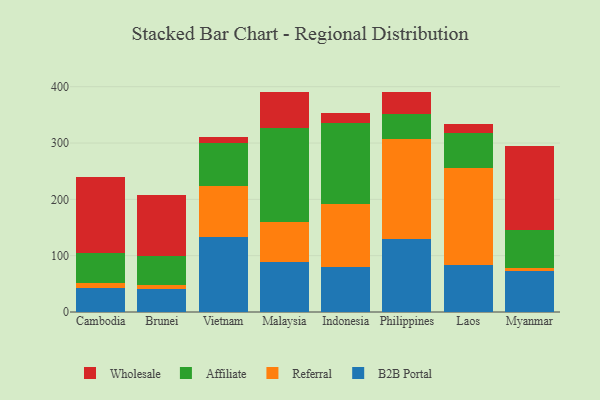
{"axis": {"x": "Country", "y": "LTV (USD)"}, "legend": ["Affiliate", "B2B Portal", "Referral", "Wholesale"], "data": [{"x": "Cambodia", "y": 43.0, "type": "B2B Portal"}, {"x": "Cambodia", "y": 9.2, "type": "Referral"}, {"x": "Cambodia", "y": 52.3, "type": "Affiliate"}, {"x": "Cambodia", "y": 134.6, "type": "Wholesale"}, {"x": "Brunei", "y": 41.0, "type": "B2B Portal"}, {"x": "Brunei", "y": 6.4, "type": "Referral"}, {"x": "Brunei", "y": 51.7, "type": "Affiliate"}, {"x": "Brunei", "y": 108.8, "type": "Wholesale"}, {"x": "Vietnam", "y": 132.6, "type": "B2B Portal"}, {"x": "Vietnam", "y": 91.8, "type": "Referral"}, {"x": "Vietnam", "y": 75.3, "type": "Affiliate"}, {"x": "Vietnam", "y": 10.6, "type": "Wholesale"}, {"x": "Malaysia", "y": 89.4, "type": "B2B Portal"}, {"x": "Malaysia", "y": 69.6, "type": "Referral"}, {"x": "Malaysia", "y": 167.2, "type": "Affiliate"}, {"x": "Malaysia", "y": 63.8, "type": "Wholesale"}, {"x": "Indonesia", "y": 79.6, "type": "B2B Portal"}, {"x": "Indonesia", "y": 112.2, "type": "Referral"}, {"x": "Indonesia", "y": 144.2, "type": "Affiliate"}, {"x": "Indonesia", "y": 17.1, "type": "Wholesale"}, {"x": "Philippines", "y": 129.2, "type": "B2B Portal"}, {"x": "Philippines", "y": 178.2, "type": "Referral"}, {"x": "Philippines", "y": 45.0, "type": "Affiliate"}, {"x": "Philippines", "y": 38.9, "type": "Wholesale"}, {"x": "Laos", "y": 84.0, "type": "B2B Portal"}, {"x": "Laos", "y": 172.4, "type": "Referral"}, {"x": "Laos", "y": 61.7, "type": "Affiliate"}, {"x": "Laos", "y": 15.6, "type": "Wholesale"}, {"x": "Myanmar", "y": 72.1, "type": "B2B Portal"}, {"x": "Myanmar", "y": 5.9, "type": "Referral"}, {"x": "Myanmar", "y": 68.3, "type": "Affiliate"}, {"x": "Myanmar", "y": 148.9, "type": "Wholesale"}]}